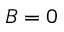
B = 0